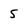
Character: 5